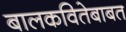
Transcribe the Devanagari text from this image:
बालकवितेबाबत